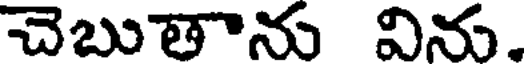
చెబుతాను విను.